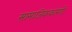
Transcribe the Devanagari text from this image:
सामाजिककारणों